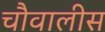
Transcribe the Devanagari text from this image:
चौवालीस